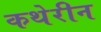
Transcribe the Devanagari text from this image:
कथेरीन